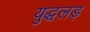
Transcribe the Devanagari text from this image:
युद्धलड़